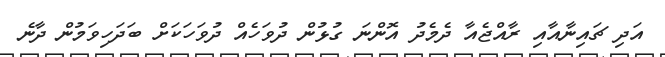
އަދި ޗައިނާއާއި ރާއްޖެއާ ދެމެދު އޮންނަ ގުޅުން ދުވަހެއް ދުވަހަކަށް ބަދަހިވަމުން ދާނެ